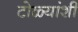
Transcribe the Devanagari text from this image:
टोळ्यांशीं